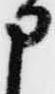
申